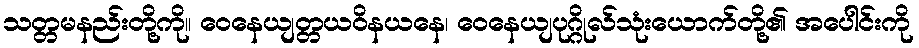
သတ္တမနည်းတို့ကို။ ဝေနေယျတ္တယဝိနယနေ၊ ဝေနေယျပုဂ္ဂိုလ်သုံးယောက်တို့၏ အပေါင်းကို